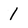
Character: 1